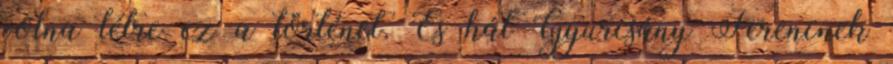
volna létre ez a történet. És hát Gyurcsány Ferencnek